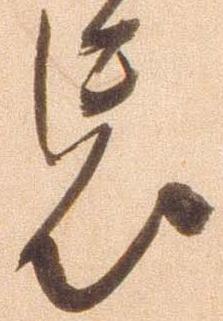
忘